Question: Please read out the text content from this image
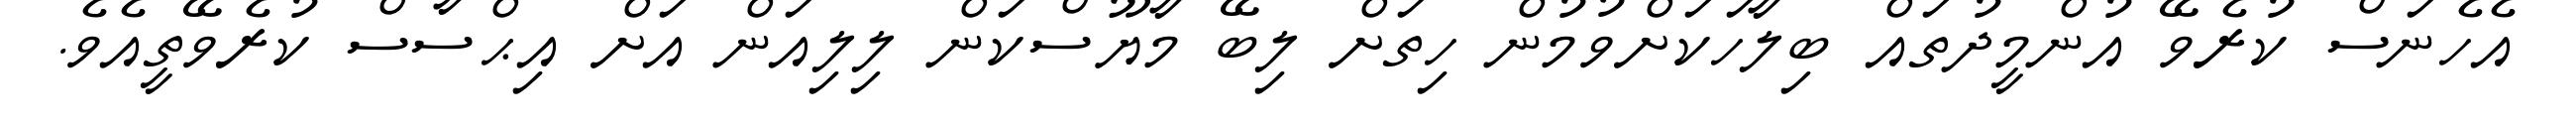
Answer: އެހެނަސް ކުރެވޭ އުންމީދުތައް ބިލާހަކަށްވުމުން ހިތަށް ލިބޭ މާޔޫސްކަން ލިލިއަން އަށް އިޙްސާސް ކުރެވޭތީއެވެ.